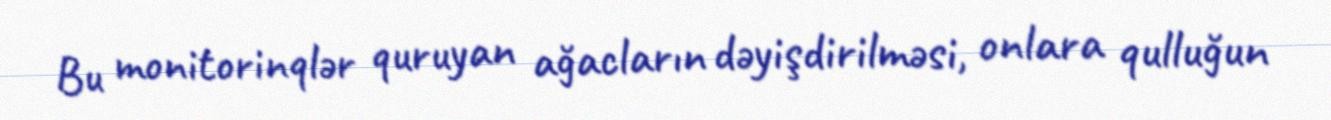
Bu monitorinqlər quruyan ağacların dəyişdirilməsi, onlara qulluğun